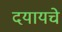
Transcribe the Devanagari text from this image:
दयायचे